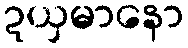
ဍယှမာနော